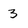
Character: 3